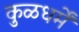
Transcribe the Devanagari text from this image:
कुळधर्में